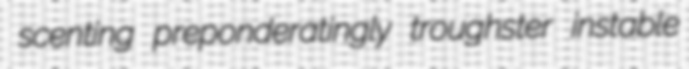
scenting preponderatingly troughster instable